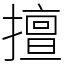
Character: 擅